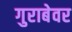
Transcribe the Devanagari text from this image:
गुराबेवर